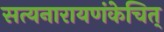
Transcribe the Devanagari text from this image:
सत्यनारायणंकेचित्